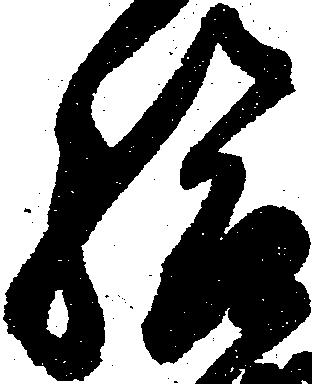
給